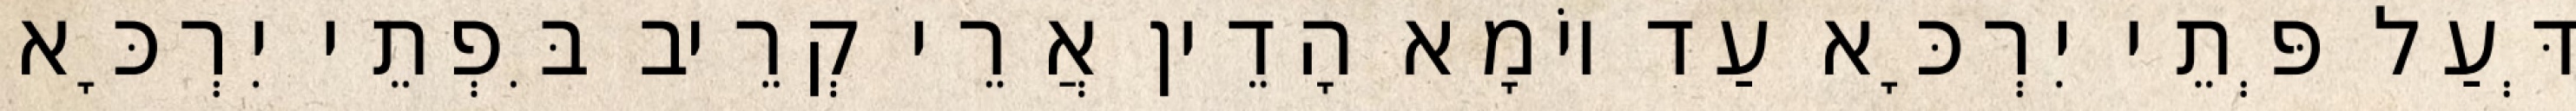
דְּעַל פְּתֵי יִרְכָּא עַד יוֹמָא הָדֵין אֲרֵי קְרֵיב בִּפְתֵי יִרְכָּא